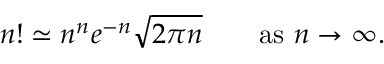
n ! \simeq n ^ { n } e ^ { - n } { \sqrt { 2 \pi n } } \qquad { \mathrm { a s ~ } } n \to \infty .